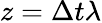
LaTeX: z=\Delta t\lambda